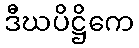
ဒီဃပိဋ္ဌိကေ